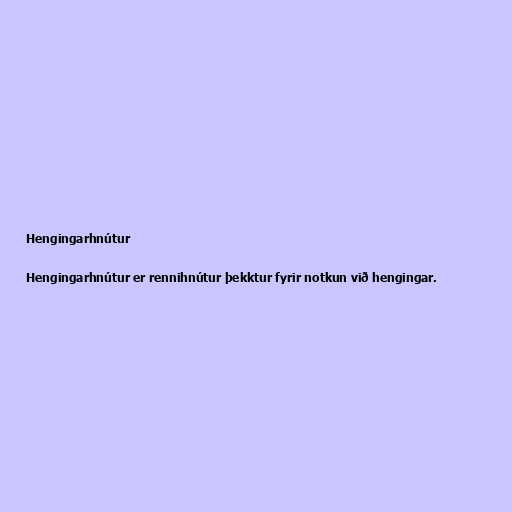
Hengingarhnútur

Hengingarhnútur er rennihnútur þekktur fyrir notkun við hengingar.